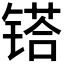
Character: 𨱏